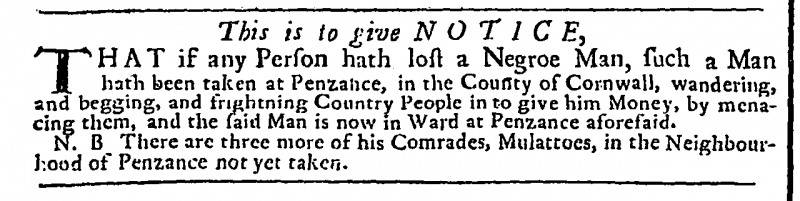
St. James's Evening Post, 14 June 1733 (England)
              This is to give N O T I C E,THAT if any Person hath lost a Negroe Man, such a Man hath been taken at Penzance, in the County of Cornwall, wandering, and begging, and frightning Country People in to give him Money, by menacing them, and the said Man is now in Ward at Penzance aforesaid.  N.B. There are three more of his Comrades, Mulattoes, in the Neighbourhood of Penzance not yet taken.